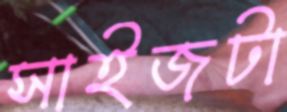
সাইজটা